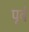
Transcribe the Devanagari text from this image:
पृर्व